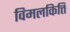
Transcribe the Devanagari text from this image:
विमलकित्ति